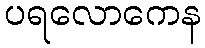
ပရလောကေန